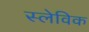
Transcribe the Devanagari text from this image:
स्लेविक